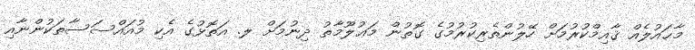
މާޙައުލެއް ޤާއިމްކުރުމަށް ހޭލުންތެރިކުރުމުގެ ގޮތުން މަޢުލޫމާތު ދިނުމަށް ލ. އަތޮޅުގެ އެކި މުއައްސަސާތަކުންނާއި